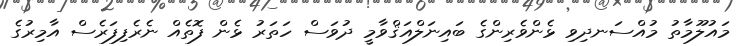
މައުލޫމާތު މުއްސަނދިވި ޅެންވެރިންގެ ބައިނަލްއަޤްވާމީ ދުވަސް ހަތަރު ޅެން ފޮތެއް ނެރެފިފަރެސް އާމިރުގެ